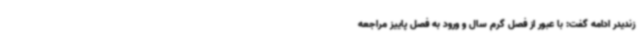
زندیدر ادامه گفت: با عبور از فصل گرم سال و ورود به فصل پاییز مراجعه